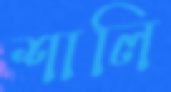
শালি